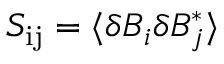
S _ { \mathrm { i j } } = \langle \delta B _ { i } \delta B _ { j } ^ { * } \rangle